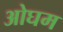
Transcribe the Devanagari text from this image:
ओघम